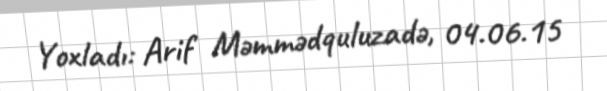
Yoxladı: Arif Məmmədquluzadə, 04.06.15